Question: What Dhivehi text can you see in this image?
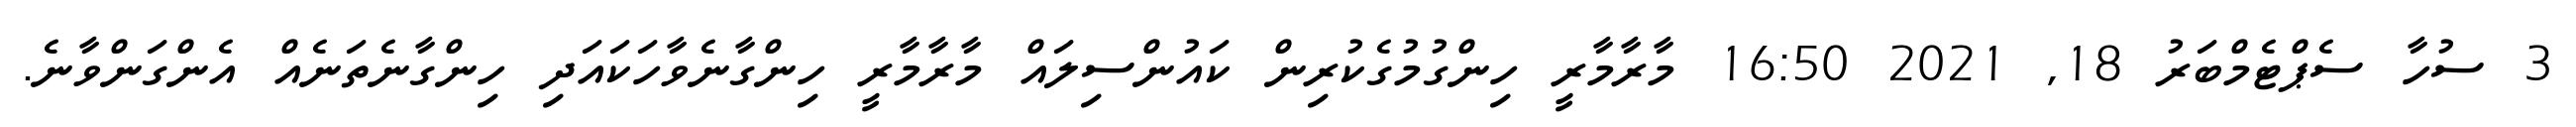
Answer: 3 ސުހާ ސެޕްޓެމްބަރު 18, 2021 16:50 މާރާމާރީ ހިންގުމުގެކުރިން ކައުންސިލައް މާރާމާރީ ހިންގާނެވާހަކައަދި ހިންގާނެތަނެއް އެންގަންވާނެ.